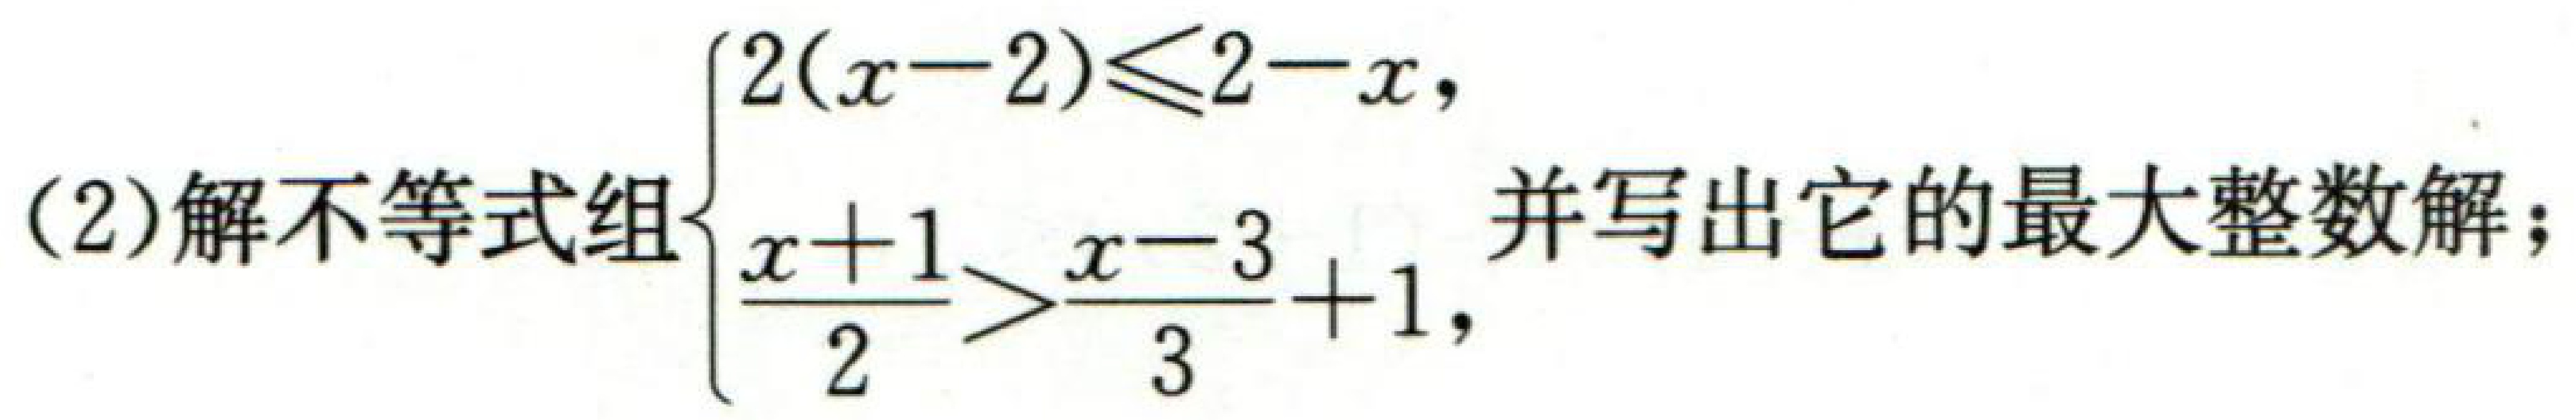
(2)解不等式组\(\begin{cases}2(x - 2)\leq2 - x,\\\frac{x + 1}{2}>\frac{x - 3}{3}+1,\end{cases}\)并写出它的最大整数解；